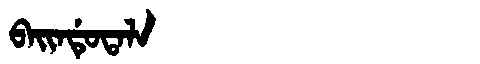
Manchu: ᠪᠠᡳᠨᡩᡠᡨᠠᠯᠠ
Romanization: BAINDUTALA